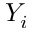
Y _ { i }